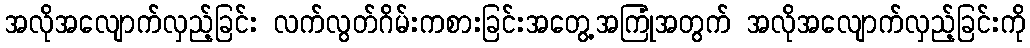
အလိုအလျောက်လှည့်ခြင်း လက်လွတ်ဂိမ်းကစားခြင်းအတွေ့အကြုံအတွက် အလိုအလျောက်လှည့်ခြင်းကို